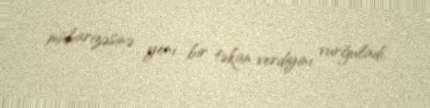
mübarizəsinə yeni bir təkan verdiyini vurğuladı.